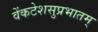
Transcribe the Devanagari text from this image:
वेंकटेशसुप्रभातम्